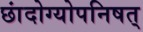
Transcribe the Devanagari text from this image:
छांदोग्योपनिषत्